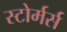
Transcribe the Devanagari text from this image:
स्टोर्मर्स